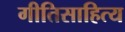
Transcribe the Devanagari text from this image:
गीतिसाहित्य